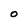
Character: O